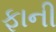
ફાની